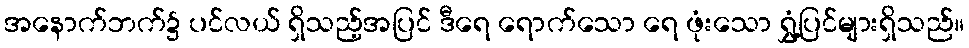
အနောက်ဘက်၌ ပင်လယ် ရှိသည့်အပြင် ဒီရေ ရောက်သော ရေ ဖုံးသော ရွှံ့ပြင်များရှိသည်။